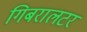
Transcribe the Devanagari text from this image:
गिबरालटर